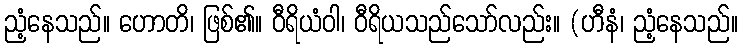
ညံ့နေသည်။ ဟောတိ၊ ဖြစ်၏။ ဝီရိယံဝါ၊ ဝီရိယသည်သော်လည်း။ (ဟီနံ၊ ညံ့နေသည်။